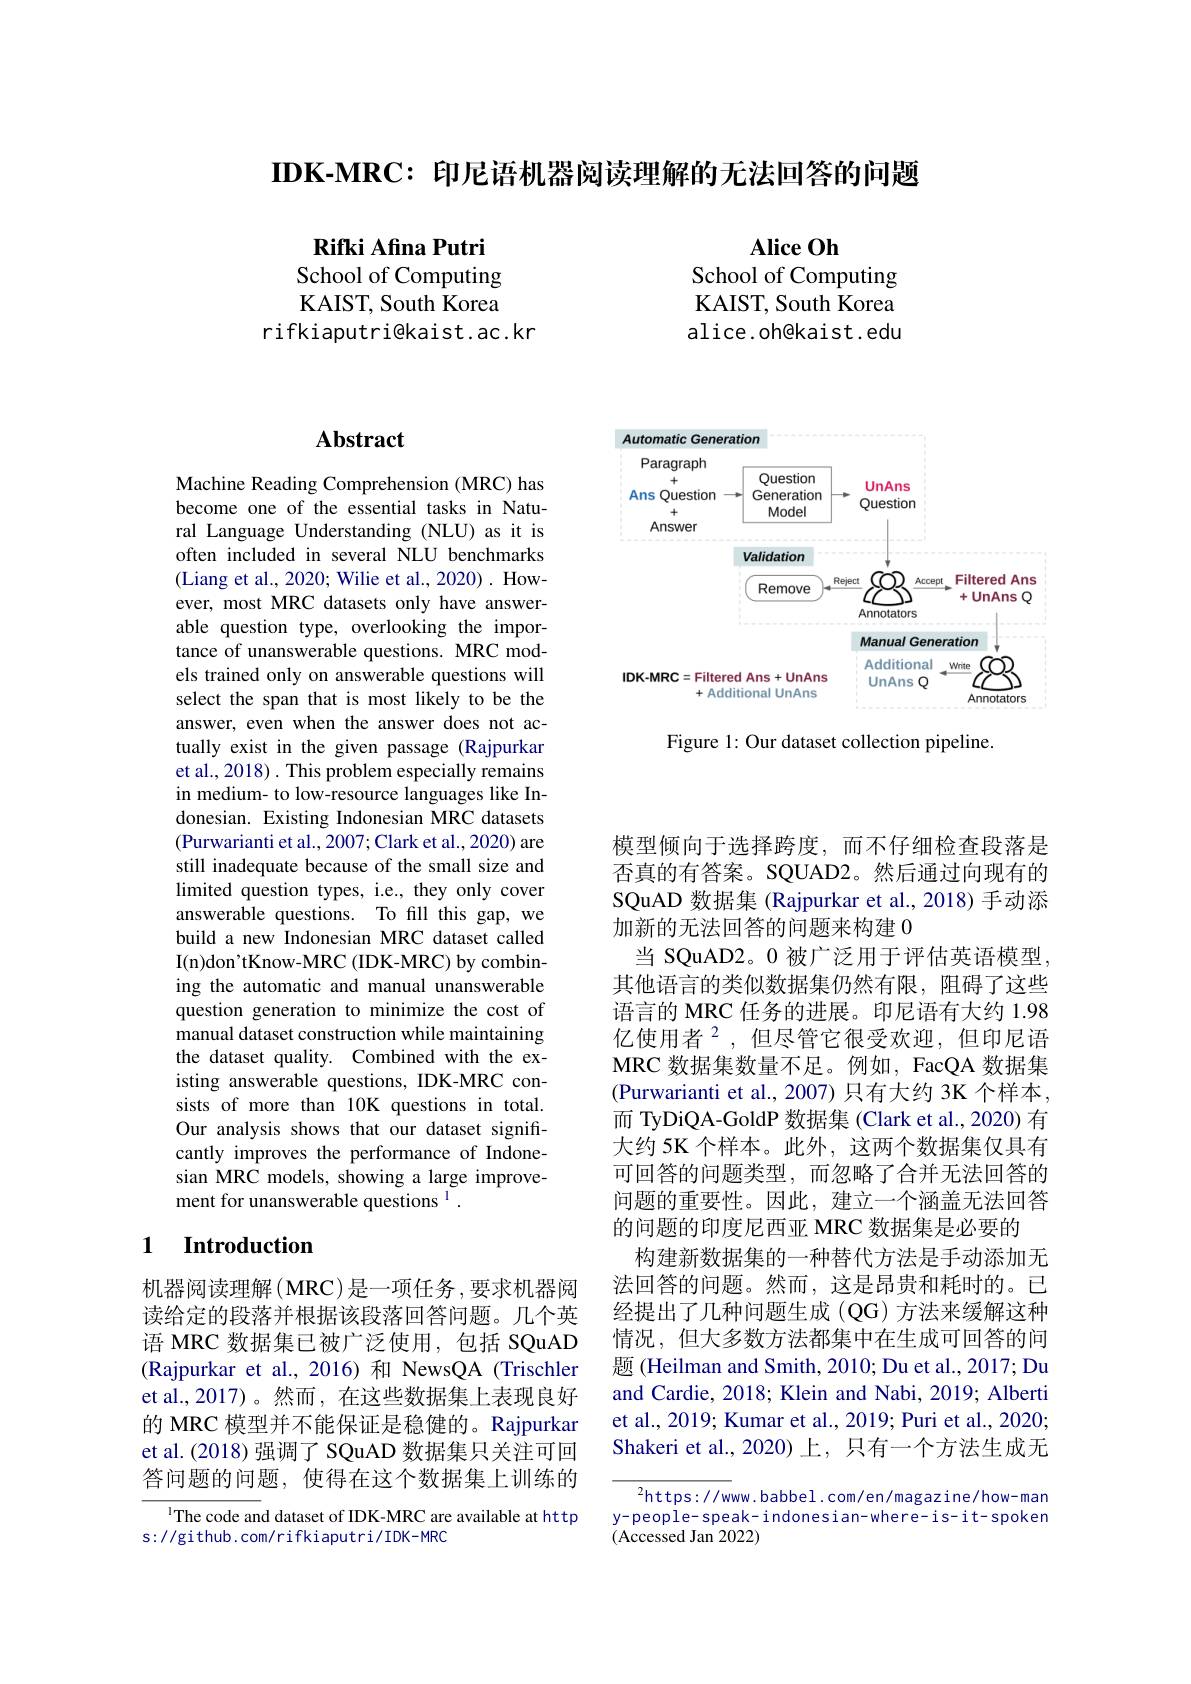
$\textbf{IDK- MRC: 印 尼 语 机 器 阅 读 理 解 的 无 法 回 答 的 问 题 }$

$\mathbf{Alice~Oh}$
School of Computing KAIST, South Korea alice.oh@kaist.edu

Rifki Afina Putri School of Computing KAIST, South Korea
rifkiaputri@kaist.ac.kr

<FigureHere>

Figure 1: Our dataset collection pipeline

## $\mathbf{Abstract}$

Machine Reading Comprehension (MRC) has become one of the essential tasks in Natural Language Understanding (NLU) as it is often included in several NLU benchmarks (Liang et al., 2020; Wilie et al., 2020). However, most MRC datasets only have answerable question type, overlooking the importance of unanswerable questions. MRC models trained only on answerable questions will select the span that is most likely to be the answer, even when the answer does not actually exist in the given passage (Rajpurkar et al., 2018) . This problem especially remains in medium- to low-resource languages like Indonesian. Existing Indonesian MRC datasets (Purwarianti et al., 2007; Clark et al., 2020) are still inadequate because of the small size and limited question types, i.e., they only cover answerable questions. To fill this gap, we build a new Indonesian MRC dataset called I(n)don'tKnow-MRC (IDK-MRC) by combining the automatic and manual unanswerable question generation to minimize the cost of manual dataset construction while maintaining the dataset quality. Combined with the existing answerable questions, IDK-MRC consists of more than 10K questions in total. Our analysis shows that our dataset significantly improves the performance of Indonesian MRC models, showing a large improvement for unanswerable questions $^{\mathrm{l}}.$

## 1 Introduction

机器阅读理解(MRC)是一项任务，要求机器阅读给定的段落并根据该段落回答问题。几个英语 MRC 数据集已被广泛使用，包括 SQuAD (Rajpurkar et al.,2016)和 NewsQA (Trischler et al.,2017)。然而，在这些数据集上表现良好的 MRC 模型并不能保证是稳健的。Rajpurkar et al.(2018) 强调了 SQuAD 数据集只关注可回答问题的问题，使得在这个数据集上训练的

$^{1}$The code and dataset of IDK-MRC are available at http
s://github.com/rifkiaputri/IDK-MRC

模型倾向于选择跨度，而不仔细检查段落是否真的有答案。SQUAD2。然后通过向现有的SQuAD 数据集 (Rajpurkar et al., 2018) 手动添加新的无法回答的问题来构建 0
当 SQuAD2。0 被广泛用于评估英语模型， 其他语言的类似数据集仍然有限，阻碍了这些语言的 MRC 任务的进展。印尼语有大约 1.98亿使用者$^{2}$,但尽管它很受欢迎，但印尼语MRC 数据集数量不足。例如，FacQA 数据集(Purwarianti et al., 2007) 只有大约 3K 个样本， 而 TyDiQA-GoldP 数据集 (Clark et al., 2020) 有大约 5K 个样本。此外，这两个数据集仅具有可回答的问题类型，而忽略了合并无法回答的问题的重要性。因此，建立一个涵盖无法回答的问题的印度尼西亚 MRC 数据集是必要的
构建新数据集的一种替代方法是手动添加无法回答的问题。然而，这是昂贵和耗时的。已经提出了几种问题生成(QG)方法来缓解这种情况，但大多数方法都集中在生成可回答的问题 (Heilman and Smith, 2010; Du et al., 2017; Du and Cardie, 2018; Klein and Nabi, 2019; Alberti et al., 2019; Kumar et al., 2019; Puri et al., 2020; Shakeri et al.,2020)上，只有一个方法生成无

$^{2}$https://www.babbel.com/en/magazine/how-man y-people- speak- indones ian- where- i s- i t- spoken (Accessed Jan 2022)